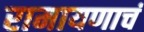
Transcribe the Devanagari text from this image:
रामायणाचं